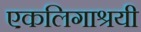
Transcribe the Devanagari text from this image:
एकलिगाश्रयी